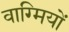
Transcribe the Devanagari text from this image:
वाग्मियों